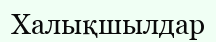
Халықшылдар